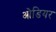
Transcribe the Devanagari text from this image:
ओडियर